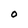
Character: o